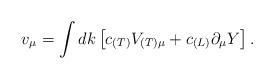
LaTeX: \begin{align*}v_{\mu} = \int dk \left[c_{(T)}V_{(T)\mu}+c_{(L)}\partial_{\mu} Y\right].\end{align*}